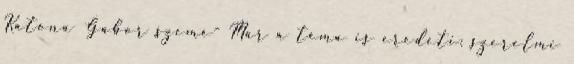
Katona Gábor szemé- Már a téma is eredeti: szerelmi